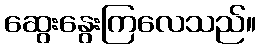
ဆွေးနွေးကြလေသည်။